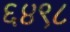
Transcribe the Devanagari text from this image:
६४९८